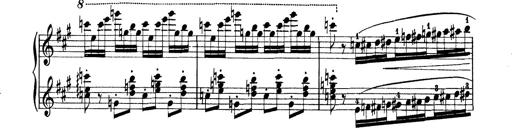
Title: Rapsodie: 19 ungheresi, 1 spagnuola
Composer: Franz Liszt